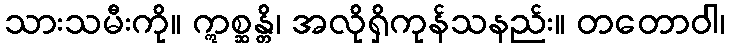
သားသမီးကို။ ဣစ္ဆန္တိ၊ အလိုရှိကုန်သနည်း။ တတောဝါ၊